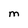
Character: M